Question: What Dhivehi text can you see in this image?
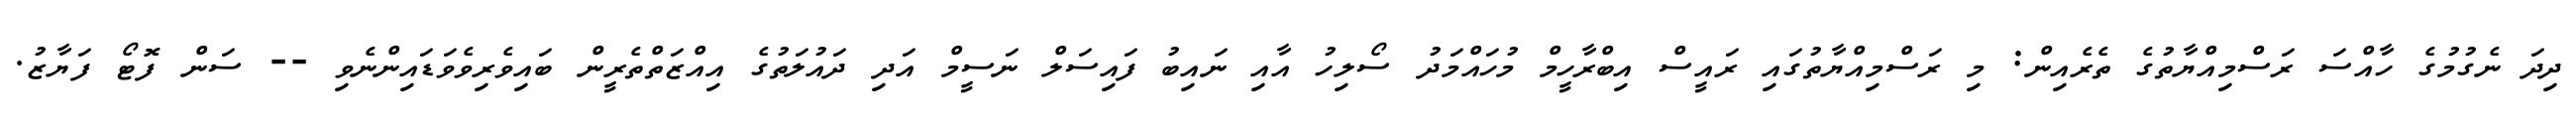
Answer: ދިދަ ނެގުމުގެ ހާއްސަ ރަސްމިއްޔާތުގެ ތެރެއިން: މި ރަސްމިއްޔާތުގައި ރައީސް އިބްރާހީމް މުހައްމަދު ސޯލިހު އާއި ނައިބު ފައިސަލް ނަސީމް އަދި ދައުލަތުގެ އިއްޒަތްތެރީން ބައިވެރިވެވަޑައިންނެވި -- ސަން ފޮޓޯ ފަޔާޒު.